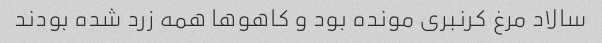
سالاد مرغ کرنبری مونده بود و کاهوها همه زرد شده بودند